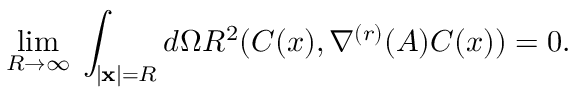
\operatorname * { l i m } _ { R \rightarrow \infty } \; \int _ { \mid { \bf x } \mid = R } d \Omega R ^ { 2 } ( C ( x ) , \nabla ^ { ( r ) } ( A ) C ( x ) ) = 0 .